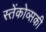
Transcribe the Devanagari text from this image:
स्तेंकोव्सकी